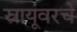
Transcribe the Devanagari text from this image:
स्नायूंवरचे